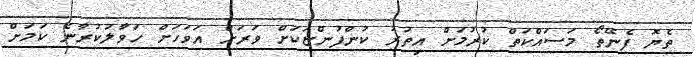
ތެޔޮ ފެނޭތޯ މަސައްކަތް ކުރުމަށް އިތުރު ކުންފުންޏަކަށް ވަރަށް އަވަހަށް ހަވާލުކުރާނެ ކަމަށް